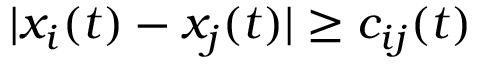
| x _ { i } ( t ) - x _ { j } ( t ) | \geq c _ { i j } ( t )